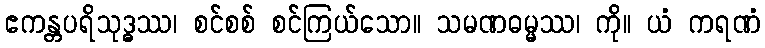
ဧကန္တပရိသုဒ္ဓဿ၊ စင်စစ် စင်ကြယ်သော။ သမဏဓမ္မဿ၊ ကို။ ယံ ကရဏံ